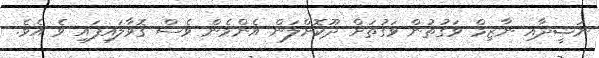
ނަޝީދާއި ނާޒިމް ވަގުތުން ވަގުތަށް ދޫކޮށްލަން އެންމެން ވެސް ގޮވާލައިފައި ވެ އެވެ.